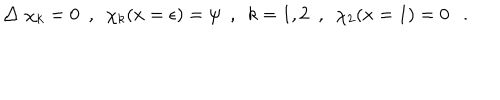
LaTeX: \bigtriangleup \chi _ { k } = 0 ~ ~ , ~ ~ \chi _ { k } ( x = \epsilon ) = \psi ~ ~ , { } ~ ~ k = 1 , 2 ~ ~ , ~ ~ \chi _ { 2 } ( x = 1 ) = 0 .